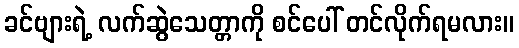
ခင်ဗျားရဲ့ လက်ဆွဲသေတ္တာကို စင်ပေါ် တင်လိုက်ရမလား။